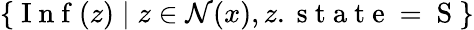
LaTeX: \{ \mathrm{~I~n~f~}(z)\; |\; z\in\mathcal{N}(x),z.\mathrm{~s~t~a~t~e~=~S~}\}